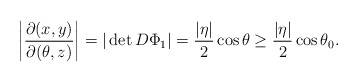
\begin{align*}\left|\frac{\partial(x,y)}{\partial(\theta,z)}\right| = |\det D\Phi_1| = \frac{|\eta|}{2}\cos\theta\ge \frac{|\eta|}{2}\cos\theta_0 .\end{align*}